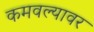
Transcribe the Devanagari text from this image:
कमवल्यावर